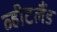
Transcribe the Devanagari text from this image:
व्हीटलैंड